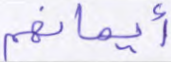
أيمانهم